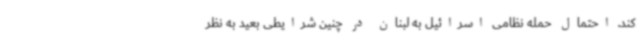
کند. احتمال حمله نظامی اسرائیل به لبنان در چنین شرایطی بعید به نظر